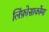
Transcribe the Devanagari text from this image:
लिंफ़ोसार्कोमा